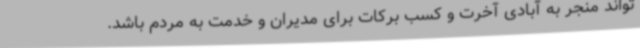
تواند منجر به آبادی آخرت و کسب برکات برای مدیران و خدمت به مردم باشد.‌